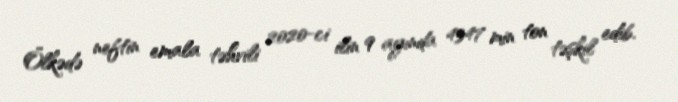
Ölkədə neftin emala təhvili 2020-ci ilin 9 ayında 4347 min ton təşkil edib.